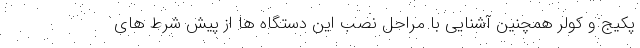
پکیج و کولر همچنین آشنایی با مراحل نصب این دستگاه ها از پیش شرط های